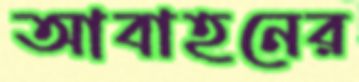
আবাহনের